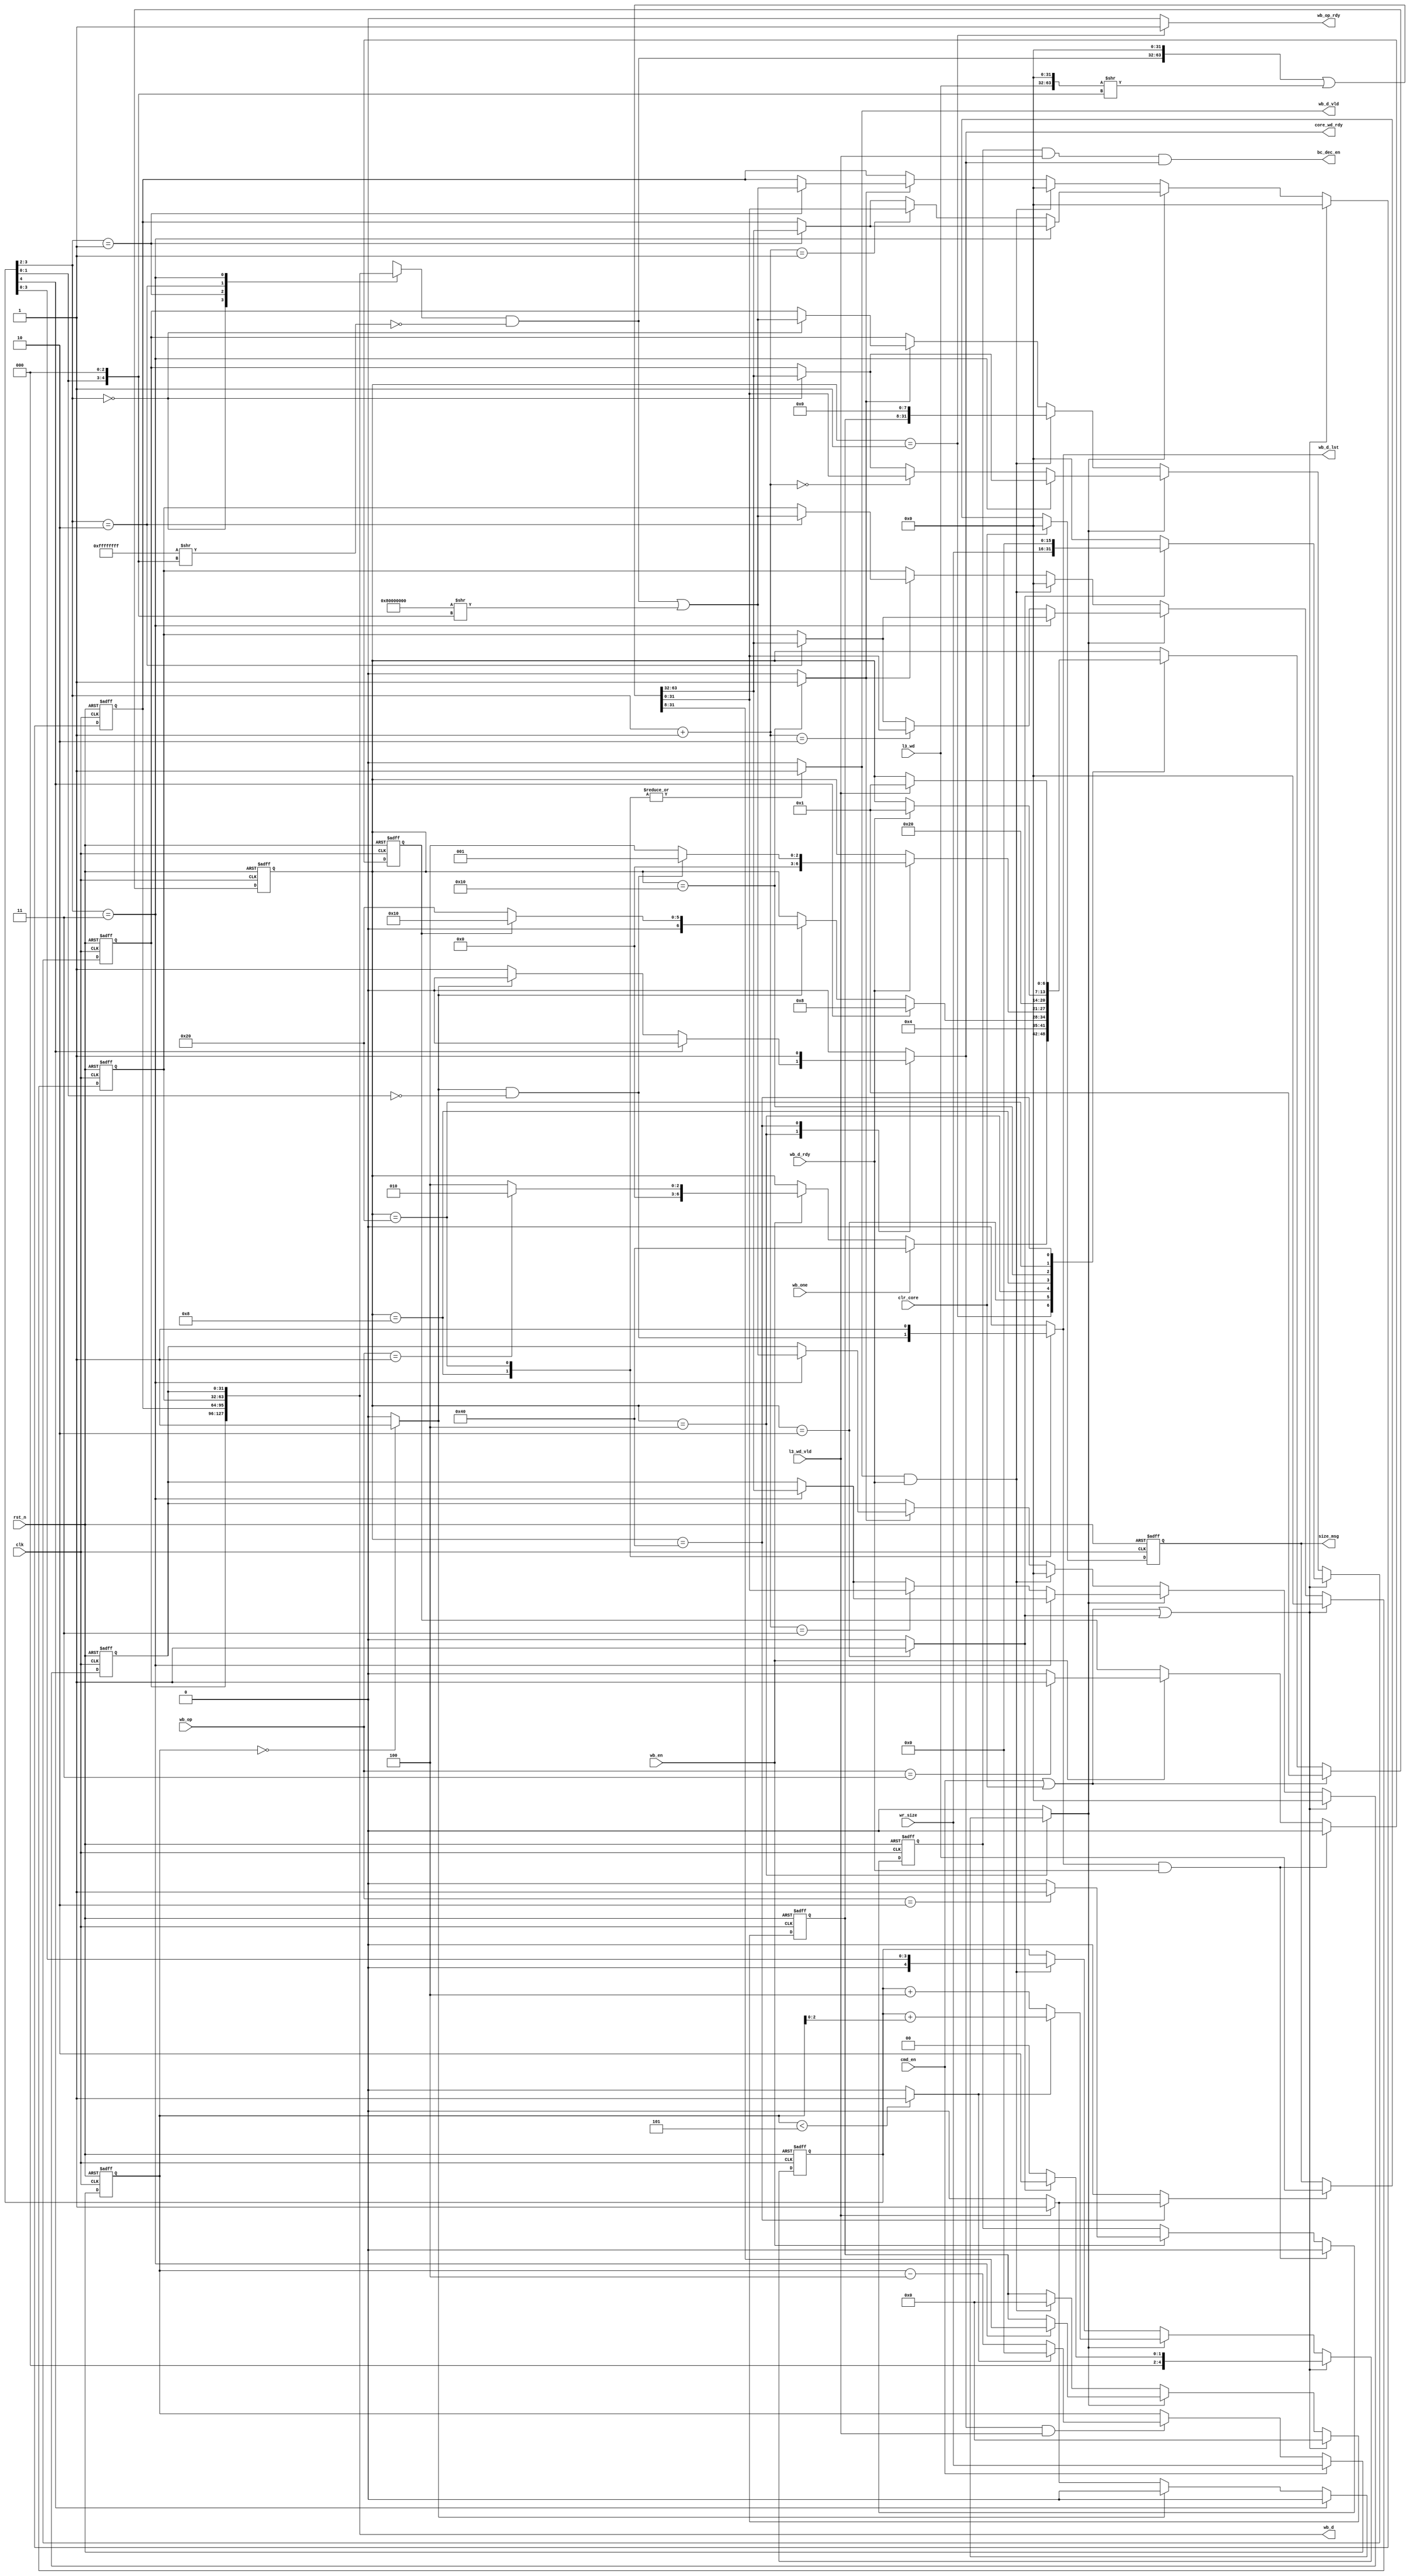
module aria_wr_buf (/*AUTOARG*/
   // Outputs
   core_wd_rdy, wb_op_rdy, size_msg, bc_dec_en, wb_d, wb_d_vld, wb_d_lst,
   // Inputs
   clk, rst_n, clr_core, cmd_en, wr_size, l3_wd, l3_wd_vld, wb_op, wb_en,
   wb_one, wb_d_rdy
   ) ;
   // System Area
   input           clk, rst_n;
   input           clr_core;
   // L3 CMD
   input           cmd_en;
   input [15:0]    wr_size;
   // L3 WD
   input [31:0]    l3_wd;
   input           l3_wd_vld;
   output          core_wd_rdy;
   // ARIA CU OPEARATION
   // NM, CCM_A, CBC_D, CMAC
   output          wb_op_rdy;
   input [1:0]     wb_op;
   input           wb_en;
   input           wb_one;
   output [31:0]   size_msg;
   // CBC-HMAC
   output          bc_dec_en;
   // ARIA_BLK_D
   output [127:0]  wb_d;
   output          wb_d_vld;
   output          wb_d_lst;
   input           wb_d_rdy;


   /* OUTPUT Type */
   reg             core_wd_rdy;
   reg             wb_op_rdy;
   reg             wb_d_vld;
   reg             wb_d_lst;
   reg [31:0]      size_msg;

   wire [127:0]    wb_d;
   wire            bc_dec_en;

   /* Internal Register */
   reg [4:0]       ptr;
   reg [23:0]      wb_t;
   reg [31:0]      wb_m[0:3];


   /* Current Operation Buffer */
   reg             flg_cmac;
   reg             flg_cbcd;
   wire            flg_cbcd_nxt;
   wire            flg_cmac_nxt;

   assign flg_cbcd_nxt = (wb_op == 2'b10) ? 1'b1 : 1'b0;
   assign flg_cmac_nxt = (wb_op == 2'b11) ? 1'b1 : 1'b0;

   always @ (posedge clk or negedge rst_n) begin
      if(!rst_n) begin
         flg_cmac <= 1'b0;
         flg_cbcd <= 1'b0;
      end else begin
         if(wb_d_lst & wb_d_rdy) begin
            flg_cmac <= 1'b0;
            flg_cbcd <= 1'b0;
         end else if(wb_en) begin
            flg_cmac <= flg_cmac_nxt;
            flg_cbcd <= flg_cbcd_nxt;
         end
      end
   end

   assign bc_dec_en = flg_cbcd & l3_wd_vld & core_wd_rdy;

   /* ARIA Init Size */
   reg             size_update;

   always @ (posedge clk or negedge rst_n) begin
      if(!rst_n) begin
         size_msg <= 32'd0;
      end else begin
         if(clr_core) begin
            size_msg <= 32'd0;
         end else if (size_update) begin
            size_msg <= l3_wd;
         end
      end
   end

   // Current Memory Data
   reg [31:0]      wb_c;
   wire [1:0]      ah, al;
   assign ah    = ptr[3:2];
   assign al    = ptr[3:2] + 2'd1;

   always @ (*) begin
      wb_c = wb_m[ah];
   end

   // l3_wd
   wire   [31:0]  wd_dh;
   wire   [31:0]  wd_dl;
   wire   [31:0]  msk_pt;
   wire   [31:0]  msk_cd;
   wire   [63:0]  lsh_wd;
   assign msk_pt         = {32{1'b1}}     >> {ptr[1:0], 3'd0};
   assign msk_cd         = wb_c & (~msk_pt);
   assign lsh_wd         = {l3_wd, 32'd0} >> {ptr[1:0], 3'd0};
   assign {wd_dh, wd_dl} = {msk_cd, 32'd0} | lsh_wd;

   // Counter
   reg    [15:0] cntr;
   wire   [15:0] cntr_sub;
   wire   [15:0] cntr_nxt;
   wire          cntr_lst;
   wire          cntr_fin;

   assign cntr_sub   = cntr - 16'd4;
   assign cntr_nxt   = cntr_lst ? 16'd0 : cntr_sub;
   assign cntr_lst   = (cntr <  16'd5) ? 1 : 0;
   assign cntr_fin   = (cntr == 16'd0) ? 1 : 0;

   always @ (posedge clk or negedge rst_n) begin
      if(!rst_n) begin
         cntr <= 16'd0;
      end else begin
         if(cmd_en) begin
            cntr <= wr_size;
         end else if(core_wd_rdy & l3_wd_vld) begin
            cntr <= cntr_nxt;
         end
      end
   end

   // Pointer
   wire [4:0]     ptr_add_lst;
   wire [4:0]     ptr_add_32b;
   wire [4:0]     ptr_nxt;
   wire           ptr_lst;
   assign ptr_add_lst    = ptr + cntr[2:0];
   assign ptr_add_32b    = ptr + 5'd4;
   assign ptr_nxt        = cntr_lst ? ptr_add_lst : ptr_add_32b;

   // CMAC PADDING
   wire [31:0]    rsh_one;
   wire [31:0]    pad_one;
   assign rsh_one = 32'h80000000 >> {ptr[1:0], 3'd0};
   assign pad_one = msk_cd | rsh_one;


   // Internal Memory
   reg            wb_update;
   reg            ccm_a_init;
   reg            cmac_pad;
   always @ (posedge clk or negedge rst_n) begin
      if(!rst_n) begin
         wb_m[0] <= 32'd0;
         wb_m[1] <= 32'd0;
         wb_m[2] <= 32'd0;
         wb_m[3] <= 32'd0;
         wb_t    <= 24'd0;
         ptr     <= 5'd0;
      end else begin
         if(cmd_en | clr_core | ccm_a_init) begin
            wb_m[1] <= 32'd0;
            wb_m[2] <= 32'd0;
            wb_m[3] <= 32'd0;
            wb_t    <= 24'd0;
            if(ccm_a_init) begin
               wb_m[0] <= {wr_size, 16'd0};
               ptr     <= 5'd2;
            end else begin
               wb_m[0] <= 32'd0;
               ptr     <= 5'd0;
            end
         end else if(wb_update) begin
            wb_m[ah] <= wd_dh;
            ptr      <= ptr_nxt;
            if(ah == 2'b11) begin
               wb_t     <= wd_dl[31:8];
            end else begin
               wb_m[al] <= wd_dl;
            end
         end else if(wb_d_vld & wb_d_rdy) begin
            wb_m[0]  <= {wb_t, 8'd0};
            wb_m[1]  <= 32'd0;
            wb_m[2]  <= 32'd0;
            wb_m[3]  <= 32'd0;
            wb_t     <= 24'd0;
            ptr      <= {1'b0, ptr[3:0]};
         end else if(cmac_pad) begin
            wb_m[ah] <= pad_one;
         end
      end
   end

   assign wb_d = {wb_m[0], wb_m[1], wb_m[2], wb_m[3]};
   // State Transition

   localparam IDLE       = 7'b0000001;
   localparam CCM_ADD    = 7'b0000010;
   localparam RECEIVE    = 7'b0000100;
   localparam FULL       = 7'b0001000;
   localparam MAC_PAD    = 7'b0010000;
   localparam LAST_MSG   = 7'b0100000;
   localparam MSG_SIZE   = 7'b1000000;

   wire   full_lst;
   assign full_lst = cntr_fin & (ptr[1:0] == 2'd0);

   reg [6:0] state, state_nxt;

   always @ (posedge clk or negedge rst_n) begin
      if(!rst_n) begin
         state <= IDLE;
      end else begin
         if(clr_core | cmd_en) begin
            state <= IDLE;
         end else begin
            state <= state_nxt;
         end
      end
   end

   always @ (*) begin
      state_nxt     = state;
      wb_op_rdy     = 0;
      wb_update     = 0;
      size_update   = 0;
      ccm_a_init    = 0;
      wb_d_vld      = 0;
      wb_d_lst      = 0;
      core_wd_rdy   = 0;
      cmac_pad      = 0;
      case (state)
        IDLE : begin
           wb_op_rdy    = 1;
           if(wb_one) begin
              state_nxt = MSG_SIZE;
           end else if(wb_en) begin
              if(wb_op == 2'b01) begin
                 state_nxt = CCM_ADD;
              end else begin
                 state_nxt = RECEIVE;
              end
           end
        end
        CCM_ADD : begin
           ccm_a_init = 1;
           state_nxt  = RECEIVE;
        end
        RECEIVE : begin
           if(ptr[4]) begin
              state_nxt     = FULL;
           end else if(cntr_fin)begin
              if(flg_cmac) begin
                 state_nxt = MAC_PAD;
              end else begin
                 state_nxt = LAST_MSG;
              end
           end else begin
              core_wd_rdy   = 1;
              if(l3_wd_vld) begin
                 wb_update  = 1;
              end
           end
        end
        FULL : begin
           wb_d_vld = 1;
           wb_d_lst = full_lst;
           if(wb_d_rdy) begin
              if(full_lst) begin
                 state_nxt = IDLE;
              end else begin
                 state_nxt = RECEIVE;
              end
           end
        end
        MAC_PAD : begin
           state_nxt = LAST_MSG;
           cmac_pad  = 1;
        end
        LAST_MSG : begin
           wb_d_vld = 1;
           wb_d_lst = 1;
           if(wb_d_rdy) begin
              state_nxt = IDLE;
           end
        end
        MSG_SIZE : begin
           core_wd_rdy    = 1;
           if(l3_wd_vld) begin
              state_nxt   = IDLE;
              size_update = 1;
           end
        end
      endcase // case (state)
   end




endmodule // aria_wr_buf